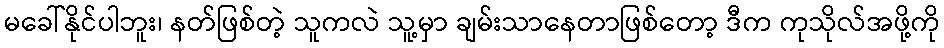
မခေါ်နိုင်ပါဘူး၊ နတ်ဖြစ်တဲ့ သူကလဲ သူ့မှာ ချမ်းသာနေတာဖြစ်တော့ ဒီက ကုသိုလ်အဖို့ကို